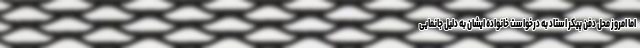
اما امروز محل دفن پیکر استاد به درخواست خانواده ایشان به دلیل جانمایی